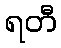
ရတီ